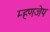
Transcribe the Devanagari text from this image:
म्हणजेप